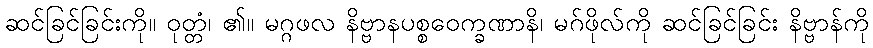
ဆင်ခြင်ခြင်းကို။ ဝုတ္တံ၊ ၏။ မဂ္ဂဖလ နိဗ္ဗာနပစ္စဝေက္ခဏာနိ၊ မဂ်ဖိုလ်ကို ဆင်ခြင်ခြင်း နိဗ္ဗာန်ကို